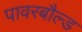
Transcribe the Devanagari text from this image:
पावरबौल्ड